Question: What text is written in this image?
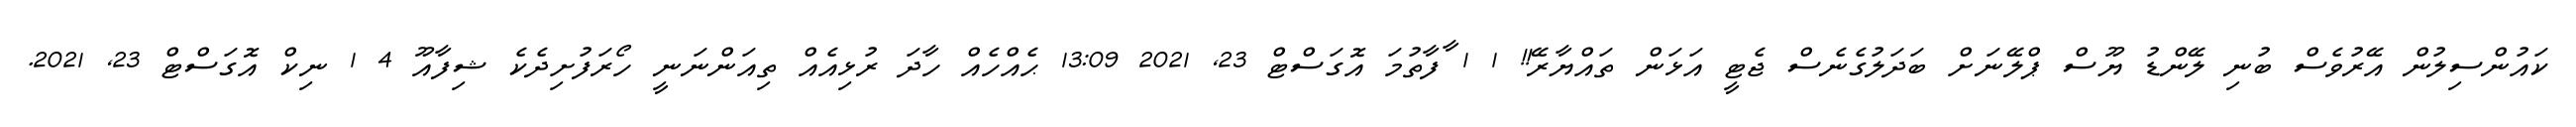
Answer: ކައުންސިލުން އޭރުވެސް ބުނި ލޭންޑު ޔޫސް ޕްލޭނަށް ބަދަލުގެނެސް ޖެޓީ އަޅަން ތައްޔާރޭ!! 1 1 ާފާތުމަ އޮގަސްޓް 23, 2021 13:09 ޙެއްހެއް ހާދަ ރުޅިއެއް ތިއަންނަނީ ހޯރަފުށިދެކެ ޝިފާއޫ 4 1 ނިކް އޮގަސްޓް 23, 2021.